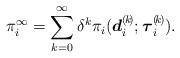
LaTeX: \begin{align*} \pi^{\infty}_i = \sum_{k=0}^{\infty}{ \delta^k\pi_i(\boldsymbol{d}_i^{(\!k\!)}; \boldsymbol{\tau}_i^{(\!k\!)}) } . \end{align*}